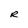
Character: R